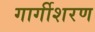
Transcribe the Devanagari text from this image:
गार्गीशरण